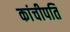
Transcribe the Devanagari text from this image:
कांचीपति